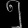
Digit: ၅